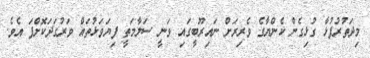
މިދަތުރުފުޅާ ގުޅިގެން ކެންޔާގެ ވެރިރަށް ނައިރޫބީގައި ވަނީ ސަލާމަތީ ފިޔަވަޅުތައް ވަރުގަދަކޮށްފަ އެވެ.